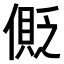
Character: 𠍥